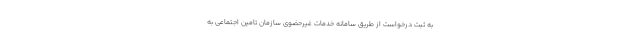
به ثبت درخواست از طریق سامانه خدمات غیرحضوی سازمان تامین اجتماعی به